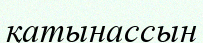
қатынассын